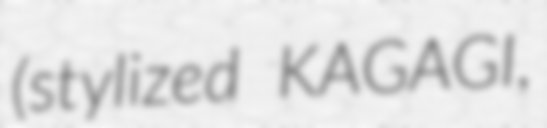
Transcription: (stylized KAGAGI,